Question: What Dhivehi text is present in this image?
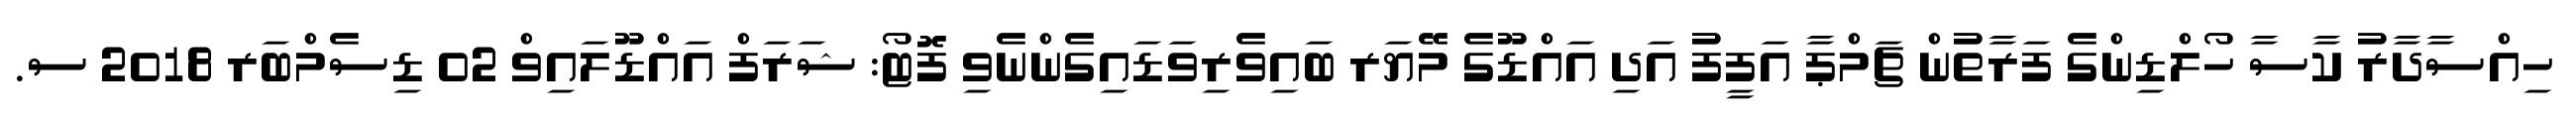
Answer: ހިއްސާދާރު ކާސާ ހޯލްޑިންގެ ފަރާތުން ޗަމްޕާ އަފީފު އަދި އައްޑޫގެ މޭޔަރ ބައިވެރިވަޑައިގެންނެވި ފޮޓޯ: ޝަރަފް އައްޑޫލައިވް 02 ޑިސެމްބަރ 2018 ސ.